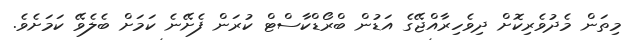
މިތަން މެދުވެރިކޮށް ދިވެހިރާއްޖޭގެ އަޑުން ބްރޯޑްކާސްޓް ކުރަން ފެށޭނެ ކަމަށް ބެލެވޭ ކަމަށެވެ.